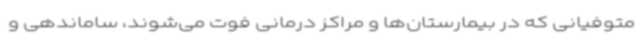
متوفیانی که در بیمارستان‌ها و مراکز درمانی فوت می‌شوند، ساماندهی و